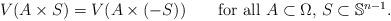
LaTeX: \begin{align*}V(A\times S)=V(A\times (-S))\qquad\mbox{for all \(A\subset \Omega\), \(S\subset \mathbb S^{n-1}\).}\end{align*}